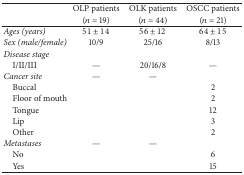
<table><thead><tr><td>[EMPTY_CELL]</td><td><b>OLP patients</b></td><td><b>OLK patients</b></td><td><b>OSCC patients</b></td></tr><tr><td>[EMPTY_CELL]</td><td><b>(<i>n</i> = 19)</b></td><td><b>(<i>n</i> = 44)</b></td><td><b>(<i>n</i> = 21)</b></td></tr></thead><tbody><tr><td><i>Ages (years) </i></td><td>51 ± 14</td><td>56 ± 12</td><td>64 ± 15</td></tr><tr><td><i>Sex (male/female) </i></td><td>10/9</td><td>25/16</td><td>8/13</td></tr><tr><td><i>Disease stage</i></td><td>[EMPTY_CELL]</td><td>[EMPTY_CELL]</td><td>[EMPTY_CELL]</td></tr><tr><td> I/II/III</td><td>—</td><td>20/16/8</td><td>—</td></tr><tr><td><i>Cancer site</i></td><td>—</td><td>—</td><td>[EMPTY_CELL]</td></tr><tr><td> Buccal</td><td>[EMPTY_CELL]</td><td>[EMPTY_CELL]</td><td>2</td></tr><tr><td> Floor of mouth</td><td>[EMPTY_CELL]</td><td>[EMPTY_CELL]</td><td>2</td></tr><tr><td> Tongue</td><td>[EMPTY_CELL]</td><td>[EMPTY_CELL]</td><td>12</td></tr><tr><td> Lip</td><td>[EMPTY_CELL]</td><td>[EMPTY_CELL]</td><td>3</td></tr><tr><td> Other</td><td>[EMPTY_CELL]</td><td>[EMPTY_CELL]</td><td>2</td></tr><tr><td><i>Metastases</i></td><td>—</td><td>—</td><td>[EMPTY_CELL]</td></tr><tr><td> No</td><td>[EMPTY_CELL]</td><td>[EMPTY_CELL]</td><td>6</td></tr><tr><td> Yes</td><td>[EMPTY_CELL]</td><td>[EMPTY_CELL]</td><td>15</td></tr></tbody></table>